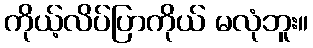
ကိုယ့်လိပ်ပြာကိုယ် မလုံဘူး။